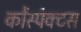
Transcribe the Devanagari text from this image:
कोंस्पेक्टस